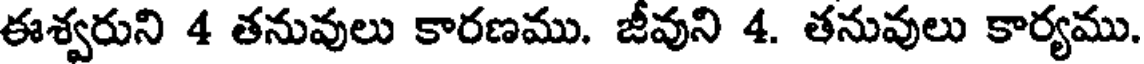
ఈశ్వరుని 4 తనువులు కారణము. జీవుని 4. తనువులు కార్యము.